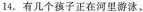
14.有几个孩子正在河里游泳。